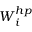
\boldsymbol { W } _ { i } ^ { h p }